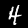
Digit: 4